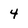
Character: 4